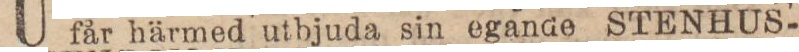
får härmed utbjuda sin egande STENHUS-